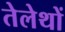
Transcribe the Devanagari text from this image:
तेलेथों